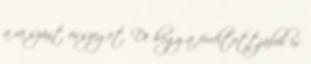
a rá szánt összeget. De hogy a fordítottjából is